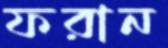
ফরান